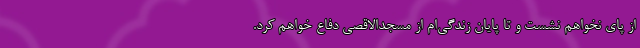
از پای نخواهم نشست و تا پایان زندگی‌ام از مسجدالاقصی دفاع خواهم کرد.